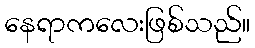
နေရာကလေးဖြစ်သည်။